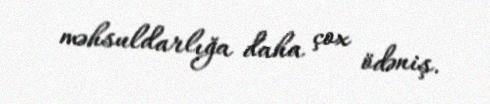
məhsuldarlığa daha çox ödəniş.